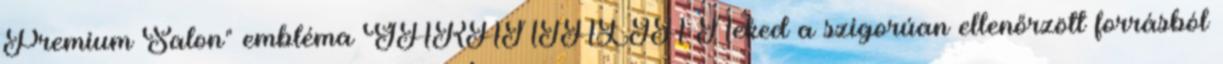
Premium Salon" embléma GARANTÁLJA Neked a szigorúan ellenőrzött forrásból